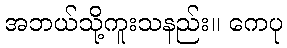
အဘယ်သို့ကူးသနည်း။ ကေပု